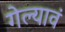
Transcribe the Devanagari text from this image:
गेल्यावं